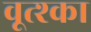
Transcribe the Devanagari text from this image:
वूत्श्का